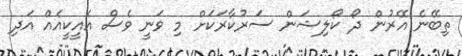
ތިބޭނެ އޭރުން ދޯ ކޯލިޝަން ސަރުކާރަކަށް މި ވަނީ ވެސް އެއީކީއެއް އަދި